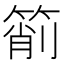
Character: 箾